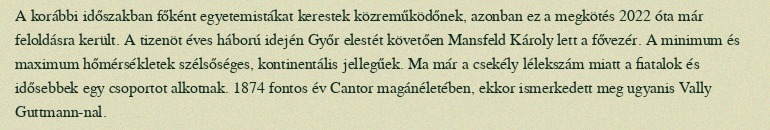
A korábbi időszakban főként egyetemistákat kerestek közreműködőnek, azonban ez a megkötés 2022 óta már feloldásra került. A tizenöt éves háború idején Győr elestét követően Mansfeld Károly lett a fővezér. A minimum és maximum hőmérsékletek szélsőséges, kontinentális jellegűek. Ma már a csekély lélekszám miatt a fiatalok és idősebbek egy csoportot alkotnak. 1874 fontos év Cantor magánéletében, ekkor ismerkedett meg ugyanis Vally Guttmann-nal.